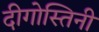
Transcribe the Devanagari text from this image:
दीगोस्तिनी